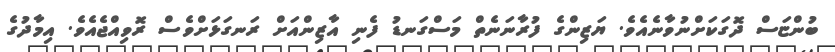
ބުންޏަސް ދޮގަކަށްނުވާނެއެވެ. ޔަޒިންގެ ފުރާނަނެތް މަސްގަނޑު ފެނި އާޒިންއަށް ރަނގަޅަށްވެސް ރޮވިއްޖެއެވެ. އިމާދުގެ